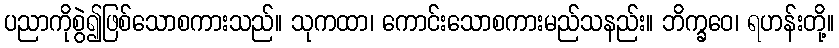
ပညာကိုစွဲ၍ဖြစ်သောစကားသည်။ သုကထာ၊ ကောင်းသောစကားမည်သနည်း။ ဘိက္ခဝေ၊ ရဟန်းတို့။